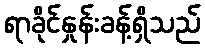
ရာခိုင်နှုန်းခန့်ရှိသည်